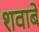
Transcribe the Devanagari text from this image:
शवाबे